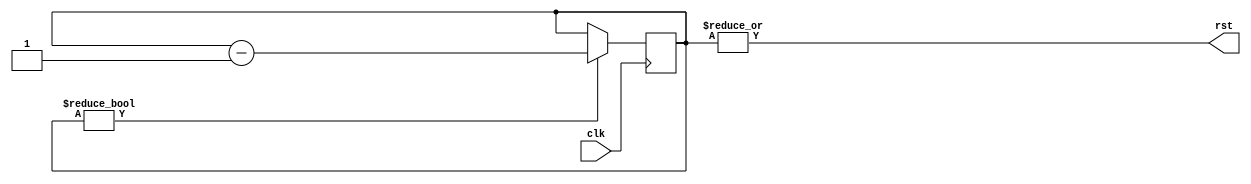
module por(
  input clk,
  output rst);

  reg [3:0] count = 4'd15;

  always @(posedge clk)
    if (count)
      count <= count - 1'd1;

  assign rst = |count;

endmodule